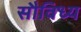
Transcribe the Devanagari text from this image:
सौविध्य